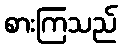
စားကြသည်